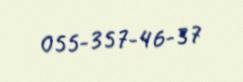
055-357-46-37